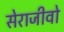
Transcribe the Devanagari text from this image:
सेराजीवो